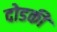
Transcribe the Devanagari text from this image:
दोडकी